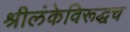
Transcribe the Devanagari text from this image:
श्रीलंकेविरूद्धच